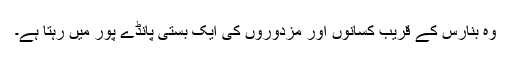
وہ بنارس کے قریب کسانوں اور مزدوروں کی ایک بستی پانڈے پور میں رہتا ہے۔